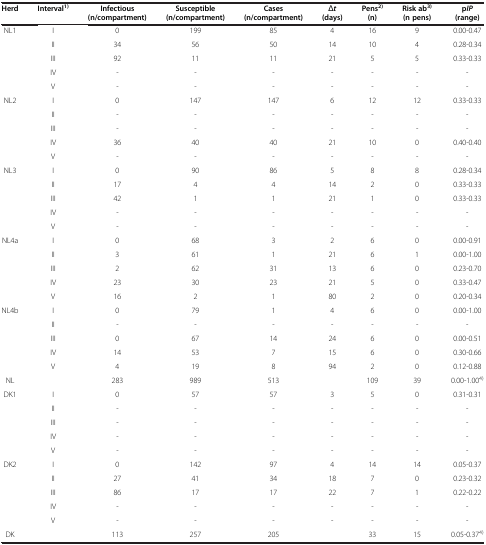
<table><thead><tr><td><b>Herd</b></td><td><b>Interval<sup>1)</sup></b></td><td><b>Infectious (n/compartment)</b></td><td><b>Susceptible (n/compartment)</b></td><td><b>Cases (n/compartment)</b></td><td><b><i>Δt</i>(days)</b></td><td><b>Pens<sup>2)</sup>(n)</b></td><td><b>Risk ab<sup>3)</sup>(n pens)</b></td><td><b>p<i>IP</i>(range)</b></td></tr></thead><tbody><tr><td>NL1</td><td>I</td><td>0</td><td>199</td><td>85</td><td>4</td><td>16</td><td>9</td><td>0.00-0.47</td></tr><tr><td> </td><td>II</td><td>34</td><td>56</td><td>50</td><td>14</td><td>10</td><td>4</td><td>0.28-0.34</td></tr><tr><td> </td><td>III</td><td>92</td><td>11</td><td>11</td><td>21</td><td>5</td><td>5</td><td>0.33-0.33</td></tr><tr><td> </td><td>IV</td><td>-</td><td>-</td><td>-</td><td>-</td><td>-</td><td>-</td><td>-</td></tr><tr><td> </td><td>V</td><td>-</td><td>-</td><td>-</td><td>-</td><td>-</td><td>-</td><td>-</td></tr><tr><td>NL2</td><td>I</td><td>0</td><td>147</td><td>147</td><td>6</td><td>12</td><td>12</td><td>0.33-0.33</td></tr><tr><td> </td><td>II</td><td>-</td><td>-</td><td>-</td><td>-</td><td>-</td><td>-</td><td>-</td></tr><tr><td> </td><td>III</td><td>-</td><td>-</td><td>-</td><td>-</td><td>-</td><td>-</td><td>-</td></tr><tr><td> </td><td>IV</td><td>36</td><td>40</td><td>40</td><td>21</td><td>10</td><td>0</td><td>0.40-0.40</td></tr><tr><td> </td><td>V</td><td>-</td><td>-</td><td>-</td><td>-</td><td>-</td><td>-</td><td>-</td></tr><tr><td>NL3</td><td>I</td><td>0</td><td>90</td><td>86</td><td>5</td><td>8</td><td>8</td><td>0.28-0.34</td></tr><tr><td> </td><td>II</td><td>17</td><td>4</td><td>4</td><td>14</td><td>2</td><td>0</td><td>0.33-0.33</td></tr><tr><td> </td><td>III</td><td>42</td><td>1</td><td>1</td><td>21</td><td>1</td><td>0</td><td>0.33-0.33</td></tr><tr><td> </td><td>IV</td><td>-</td><td>-</td><td>-</td><td>-</td><td>-</td><td>-</td><td>-</td></tr><tr><td> </td><td>V</td><td>-</td><td>-</td><td>-</td><td>-</td><td>-</td><td>-</td><td>-</td></tr><tr><td>NL4a</td><td>I</td><td>0</td><td>68</td><td>3</td><td>2</td><td>6</td><td>0</td><td>0.00-0.91</td></tr><tr><td> </td><td>II</td><td>3</td><td>61</td><td>1</td><td>21</td><td>6</td><td>1</td><td>0.00-1.00</td></tr><tr><td> </td><td>III</td><td>2</td><td>62</td><td>31</td><td>13</td><td>6</td><td>0</td><td>0.23-0.70</td></tr><tr><td> </td><td>IV</td><td>23</td><td>30</td><td>23</td><td>21</td><td>5</td><td>0</td><td>0.33-0.47</td></tr><tr><td> </td><td>V</td><td>16</td><td>2</td><td>1</td><td>80</td><td>2</td><td>0</td><td>0.20-0.34</td></tr><tr><td>NL4b</td><td>I</td><td>0</td><td>79</td><td>1</td><td>4</td><td>6</td><td>0</td><td>0.00-1.00</td></tr><tr><td> </td><td>II</td><td>-</td><td>-</td><td>-</td><td>-</td><td>-</td><td>-</td><td>-</td></tr><tr><td> </td><td>III</td><td>0</td><td>67</td><td>14</td><td>24</td><td>6</td><td>0</td><td>0.00-0.51</td></tr><tr><td> </td><td>IV</td><td>14</td><td>53</td><td>7</td><td>15</td><td>6</td><td>0</td><td>0.30-0.66</td></tr><tr><td> </td><td>V</td><td>4</td><td>19</td><td>8</td><td>94</td><td>2</td><td>0</td><td>0.12-0.88</td></tr><tr><td>NL</td><td> </td><td>283</td><td>989</td><td>513</td><td> </td><td>109</td><td>39</td><td>0.00-1.00<sup>4)</sup></td></tr><tr><td>DK1</td><td>I</td><td>0</td><td>57</td><td>57</td><td>3</td><td>5</td><td>0</td><td>0.31-0.31</td></tr><tr><td> </td><td>II</td><td>-</td><td>-</td><td>-</td><td>-</td><td>-</td><td>-</td><td>-</td></tr><tr><td> </td><td>III</td><td>-</td><td>-</td><td>-</td><td>-</td><td>-</td><td>-</td><td>-</td></tr><tr><td> </td><td>IV</td><td>-</td><td>-</td><td>-</td><td>-</td><td>-</td><td>-</td><td>-</td></tr><tr><td> </td><td>V</td><td>-</td><td>-</td><td>-</td><td>-</td><td>-</td><td>-</td><td>-</td></tr><tr><td>DK2</td><td>I</td><td>0</td><td>142</td><td>97</td><td>4</td><td>14</td><td>14</td><td>0.05-0.37</td></tr><tr><td> </td><td>II</td><td>27</td><td>41</td><td>34</td><td>18</td><td>7</td><td>0</td><td>0.23-0.32</td></tr><tr><td> </td><td>III</td><td>86</td><td>17</td><td>17</td><td>22</td><td>7</td><td>1</td><td>0.22-0.22</td></tr><tr><td> </td><td>IV</td><td>-</td><td>-</td><td>-</td><td>-</td><td>-</td><td>-</td><td>-</td></tr><tr><td> </td><td>V</td><td>-</td><td>-</td><td>-</td><td>-</td><td>-</td><td>-</td><td>-</td></tr><tr><td>DK</td><td> </td><td>113</td><td>257</td><td>205</td><td> </td><td>33</td><td>15</td><td>0.05-0.37<sup>4)</sup></td></tr></tbody></table>